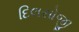
દિલસોજી